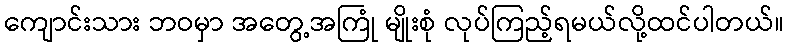
ကျောင်းသား ဘဝမှာ အတွေ့အကြုံ မျိုးစုံ လုပ်ကြည့်ရမယ်လို့ထင်ပါတယ်။